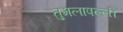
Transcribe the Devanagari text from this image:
तुमलापल्ली